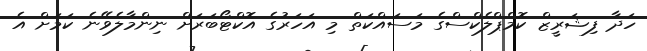
ހަދާ ފިޝަރީޒް ކޮމްޕްލެކްސްގެ މަސައްކަތް މި އަހަރުގެ އޮކްޓޯބަރަށް ނިންމާލެވޭނެ ކަމަށް އެ